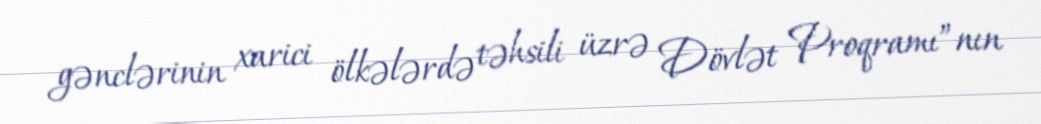
gənclərinin xarici ölkələrdə təhsili üzrə Dövlət Proqramı”nın